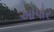
ઓપોર